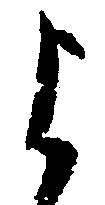
よ